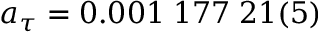
a _ { \tau } = 0 . 0 0 1 \; 1 7 7 \; 2 1 ( 5 )